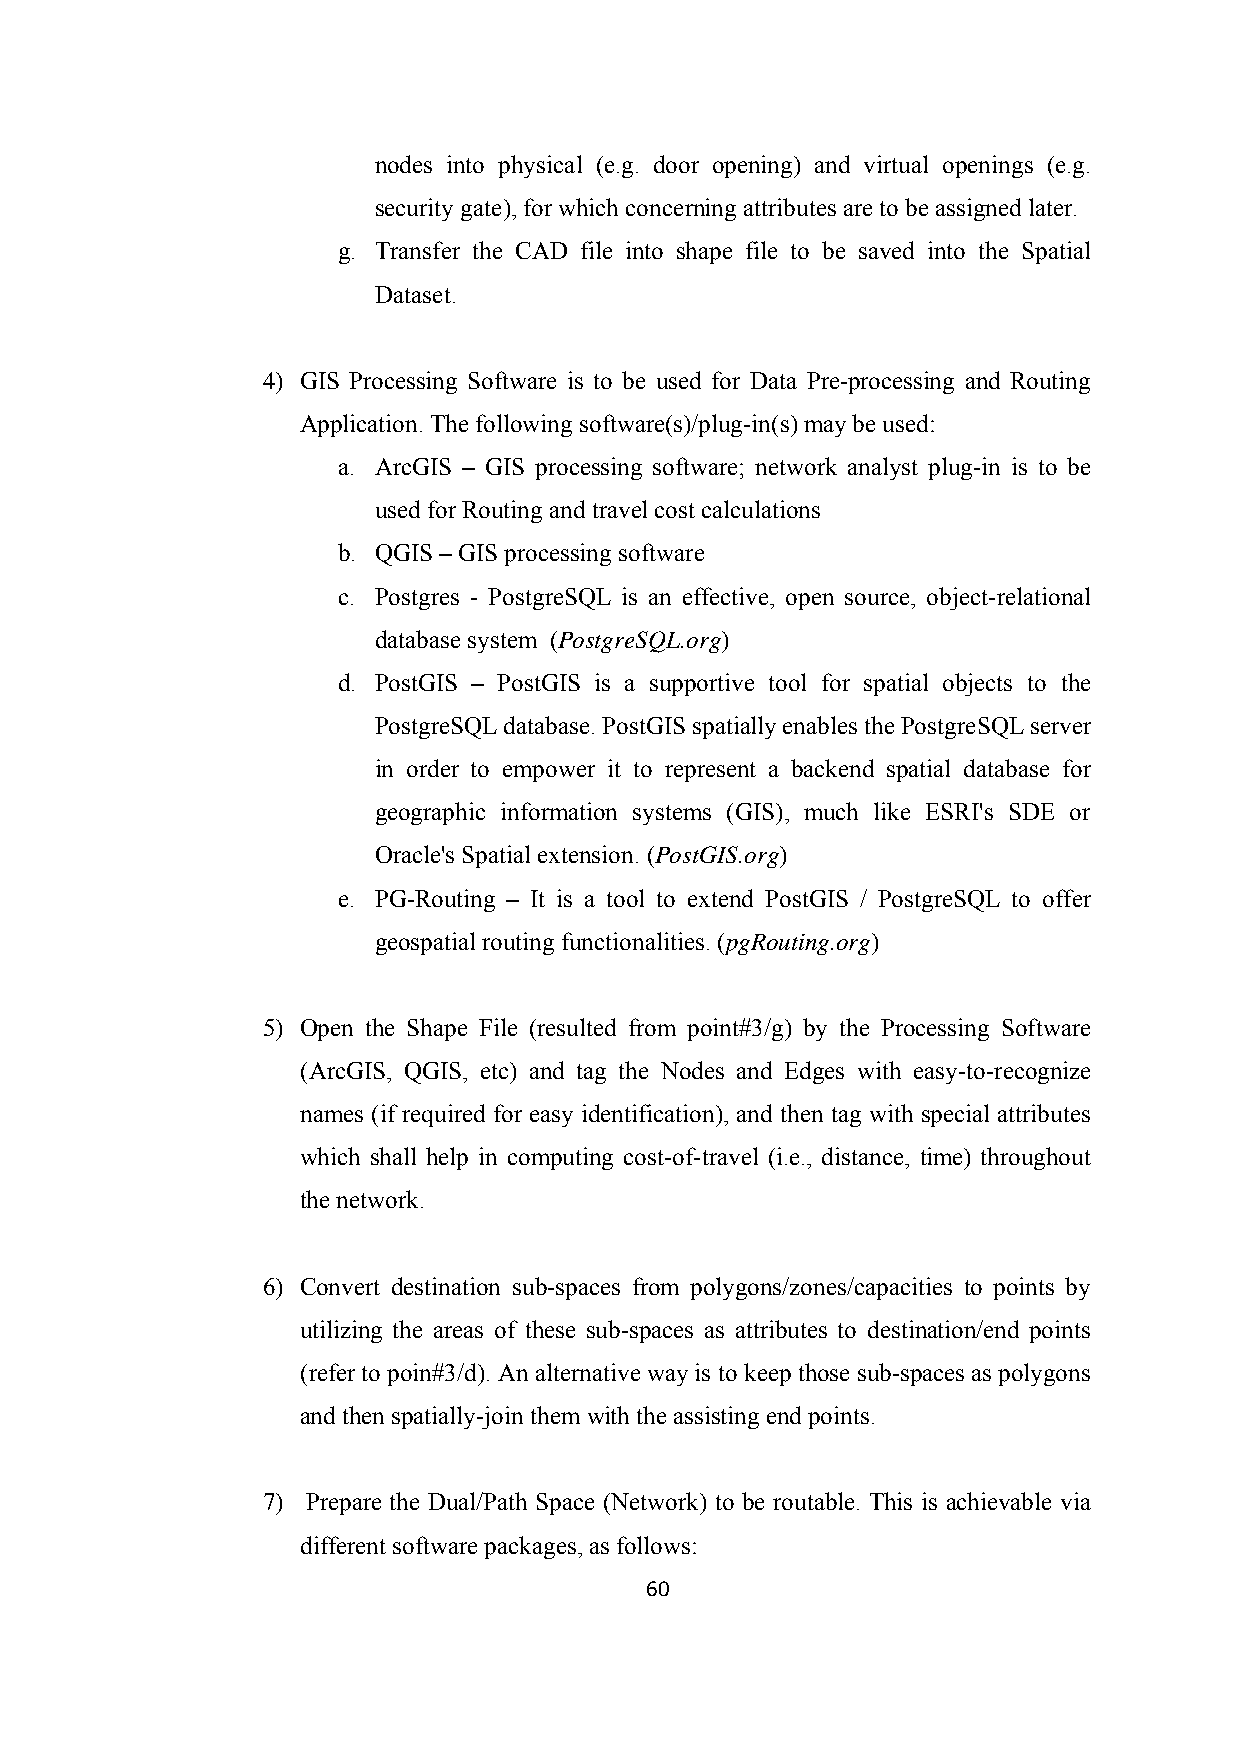
nodes into physical (e.g. door opening) and virtual openings (e.g.
 security gate), for which concerning attributes are to be assigned later.
 g. Transfer the CAD file into shape file to be saved into the Spatial
 Dataset.
 4) GIS Processing Software is to be used for Data Pre-processing and Routing
 Application. The following software(s)/plug-in(s) may be used:
 a. ArcGIS – GIS processing software; network analyst plug-in is to be
 used for Routing and travel cost calculations
 b. QGIS – GIS processing software
 c. Postgres - PostgreSQL is an effective, open source, object-relational
 database system (PostgreSQL.org)
 d. PostGIS – PostGIS is a supportive tool for spatial objects to the
 PostgreSQL database. PostGIS spatially enables the PostgreSQL server
 in order to empower it to represent a backend spatial database for
 geographic information systems (GIS), much like ESRI's SDE or
 Oracle's Spatial extension. (PostGIS.org)
 e. PG-Routing – It is a tool to extend PostGIS / PostgreSQL to offer
 geospatial routing functionalities. (pgRouting.org)
 5) Open the Shape File (resulted from point#3/g) by the Processing Software
 (ArcGIS, QGIS, etc) and tag the Nodes and Edges with easy-to-recognize
 names (if required for easy identification), and then tag with special attributes
 which shall help in computing cost-of-travel (i.e., distance, time) throughout
 the network.
 6) Convert destination sub-spaces from polygons/zones/capacities to points by
 utilizing the areas of these sub-spaces as attributes to destination/end points
 (refer to poin#3/d). An alternative way is to keep those sub-spaces as polygons
 and then spatially-join them with the assisting end points.
 7) Prepare the Dual/Path Space (Network) to be routable. This is achievable via
 different software packages, as follows:
 60